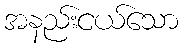
အနည်းငယ်သော